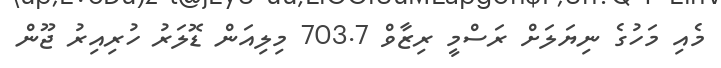
މެއި މަހުގެ ނިޔަލަށް ރަސްމީ ރިޒާވް 703.7 މިލިއަން ޑޮލަރު ހުރިއިރު ޖޫން